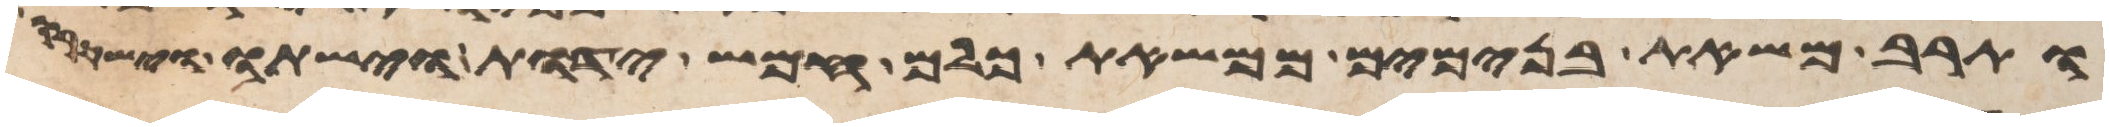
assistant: ותרב משאת בנימים ממשאת כלם חמש ידות וישתו